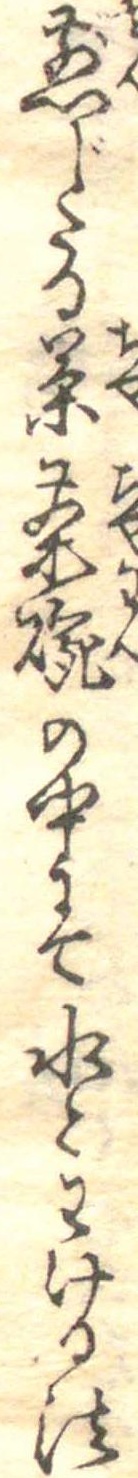
煎じたる茶茶碗の中にて水とわける法